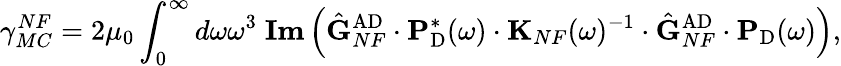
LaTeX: \gamma_{MC}^{NF}=2\mu_{0}\int_{0}^{\infty}d\omega\omega^{3}\; \textbf{Im}\left(\hat{\mathbf{G}}_{NF}^{\mathrm{AD}}\cdot\mathbf{P}_{\mathrm{D}}^{*}(\omega)\cdot\mathbf{K}_{NF}(\omega)^{-1}\cdot\hat{\mathbf{G}}_{NF}^{\mathrm{AD}}\cdot\mathbf{P}_{\mathrm{D}}(\omega)\right),